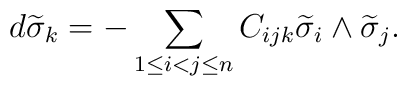
d\widetilde{\sigma}_k=-\sum_{1\leq i<j\leq n}C_{ijk}\widetilde{\sigma}_i\wedge \widetilde{\sigma}_j.